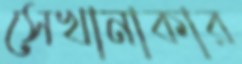
সেখানাকার